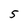
Character: 5